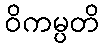
ဝိကမ္ပတိ